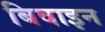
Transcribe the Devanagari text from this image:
बिवाइन